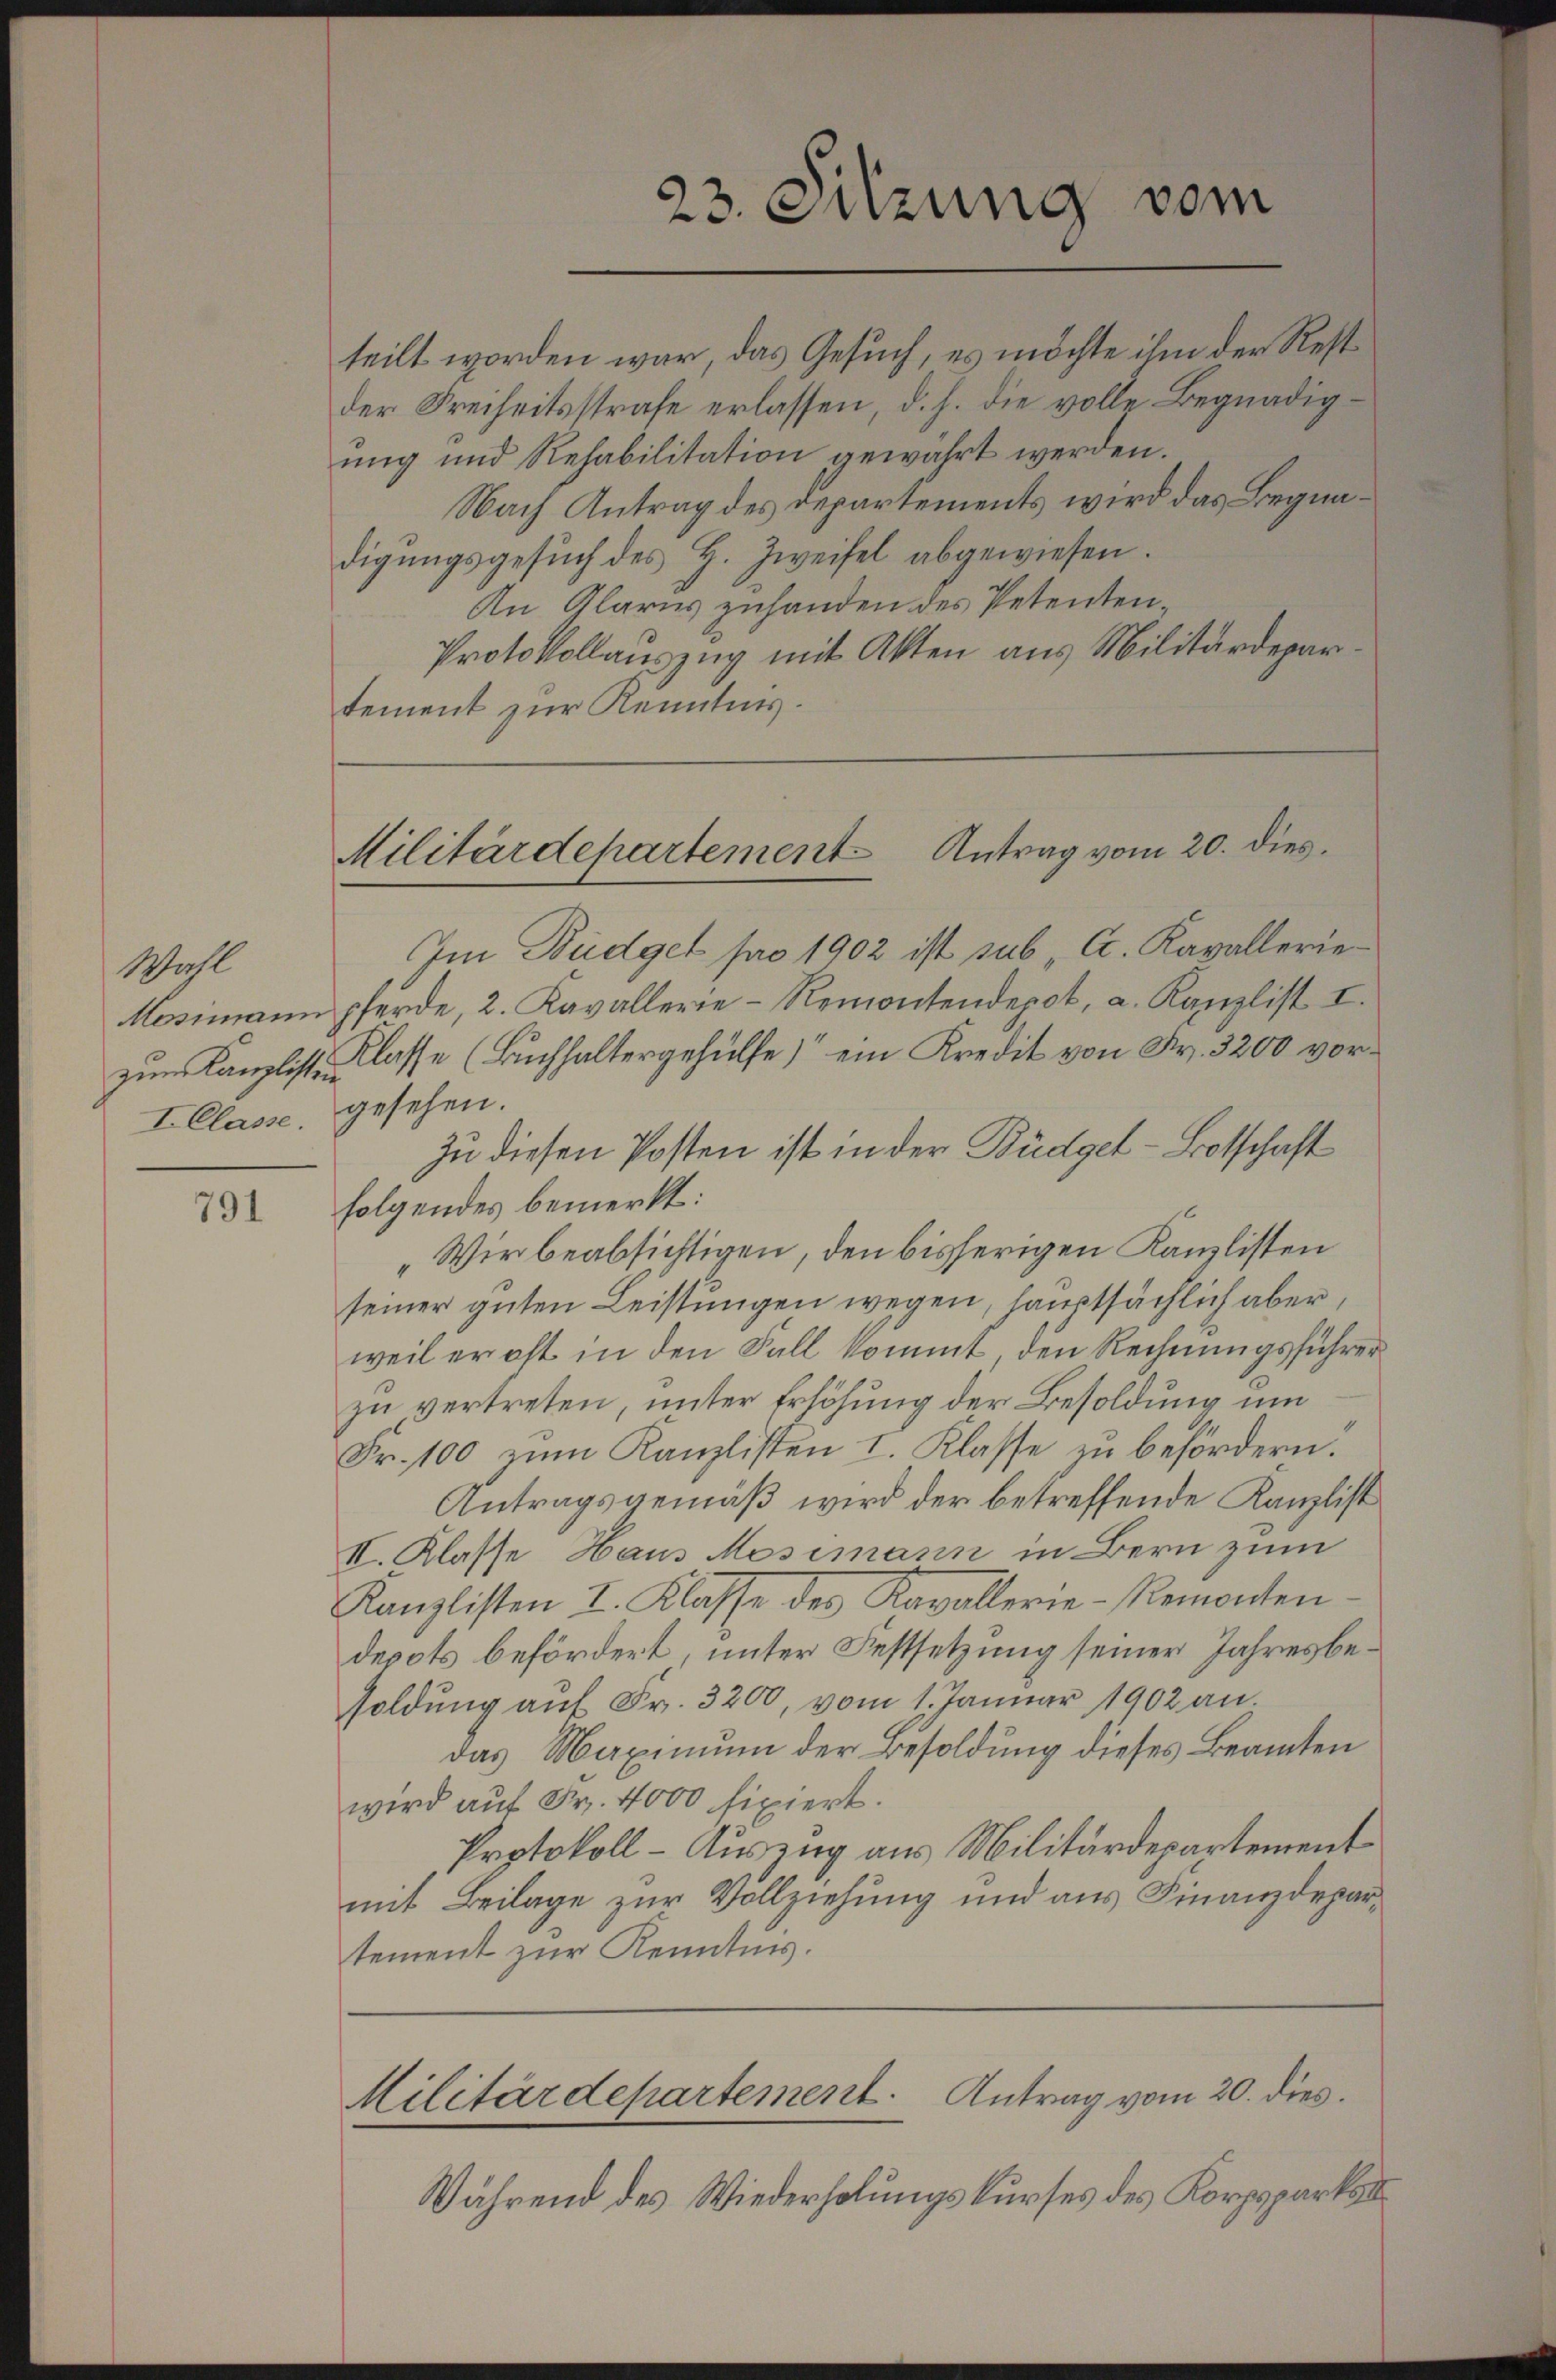
Wall
I. Classe, gesehen.

791

teilt worden war, das Gesuch, es möchte ihm der Restder Freiheitsstrafe erlassen, d. h. die volle Begnadigung und Rehabilitation gewährt werden.
Nach Antrag des Departements wird das Begnadigungsgesuch des H. Zweifel abgewiesen.
An Glarus zuhanden des Petenten¬
Protokollauszug mit Akten aus Militärdepartement zur Kenntnis.

23. Sitzung vom

Militärdepartement Antrag vom 20. dies

Militärdepartement. Antrag vom 20. dies

Im Büdget pro 1902 ist sub A. Kavallerie¬
Mosimann pferde, 2. Kavallerie-Remontendepot, a. Kanzlist I.
zum Kanzliste Klasse (Buchhaltergehülfe ein Kredit von Fr. 3200 vor¬
Zu diesen Posten ist in der Büdget-Botschaft
folgendes bemerkt:
„Wir beabsichtigen, den bisherigen Kanzlisten
seiner guten Leistungen wegen, hauptsächlich aber
weil er oft in den Fall kommt, den Rechnungsführer
zu vertreten, unter Erhöhung der Besoldung um
Fr. 100 zum Kanzlisten I. Klasse zu befördern.
Antragsgemäß wird der betreffende Kanzlist
II. Klasse Haus Mosimann in Bern zum
Kanzlisten I. Klasse des Kavallerie-Remonten.
depot befördert, unter Festsetzung seiner Jahresbesoldung aŭf Fr. 3200, vom 1. Januar 1902 an.
das Maximum der Besoldung dieses Beamten
wird auf Fr. 4000 fixiert.
Protokoll - Auszug aus Militärdepartement
mit Beilage zur Vollziehung und aus Finanzdepartement zur Kenntnis.

Während des Wiederholungskurses des Korpsparkas